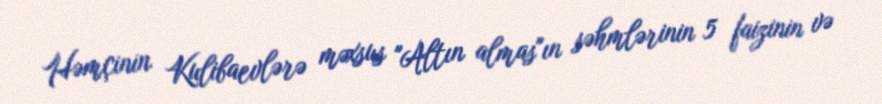
Həmçinin Kulibaevlərə məxsus "Altın almas"ın səhmlərinin 5 faizinin və